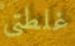
غلطتى